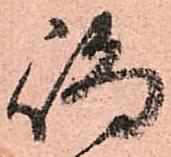
嶋